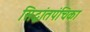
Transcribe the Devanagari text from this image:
सिद्धांतपंचिका